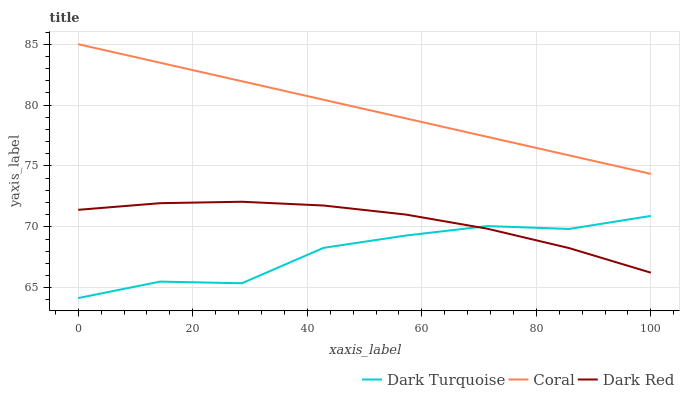
| xaxis_label | Dark Turquoise | Coral | Dark Red |
 | --- | --- | --- | --- |
 | 0 | 64.2 | 85 | 71.4 |
 | 14.3 | 65.5 | 83.5 | 71.9 |
 | 28.6 | 65.4 | 82 | 72.1 |
 | 42.9 | 68.3 | 80.4 | 71.8 |
 | 57.1 | 69.3 | 78.9 | 71 |
 | 71.4 | 70.1 | 77.4 | 69.8 |
 | 85.7 | 69.8 | 75.9 | 68.3 |
 | 100 | 70.9 | 74.4 | 66.2 |